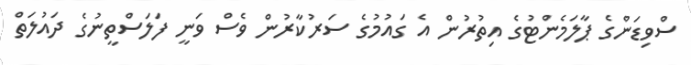
ސްވިޑަންގެ ޕާލަމެންޓުގެ އިތުރުން އެ ގައުމުގެ ސަރުކާރުން ވެސް ވަނީ ފަލަސްތީނުގެ ދައުލަތް